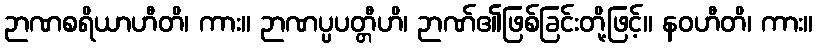
ဉာဏစရိယာဟီတိ၊ ကား။ ဉာဏပ္ပပတ္တီဟိ၊ ဉာဏ်၏ဖြစ်ခြင်းတို့ဖြင့်။ နဝဟီတိ၊ ကား။